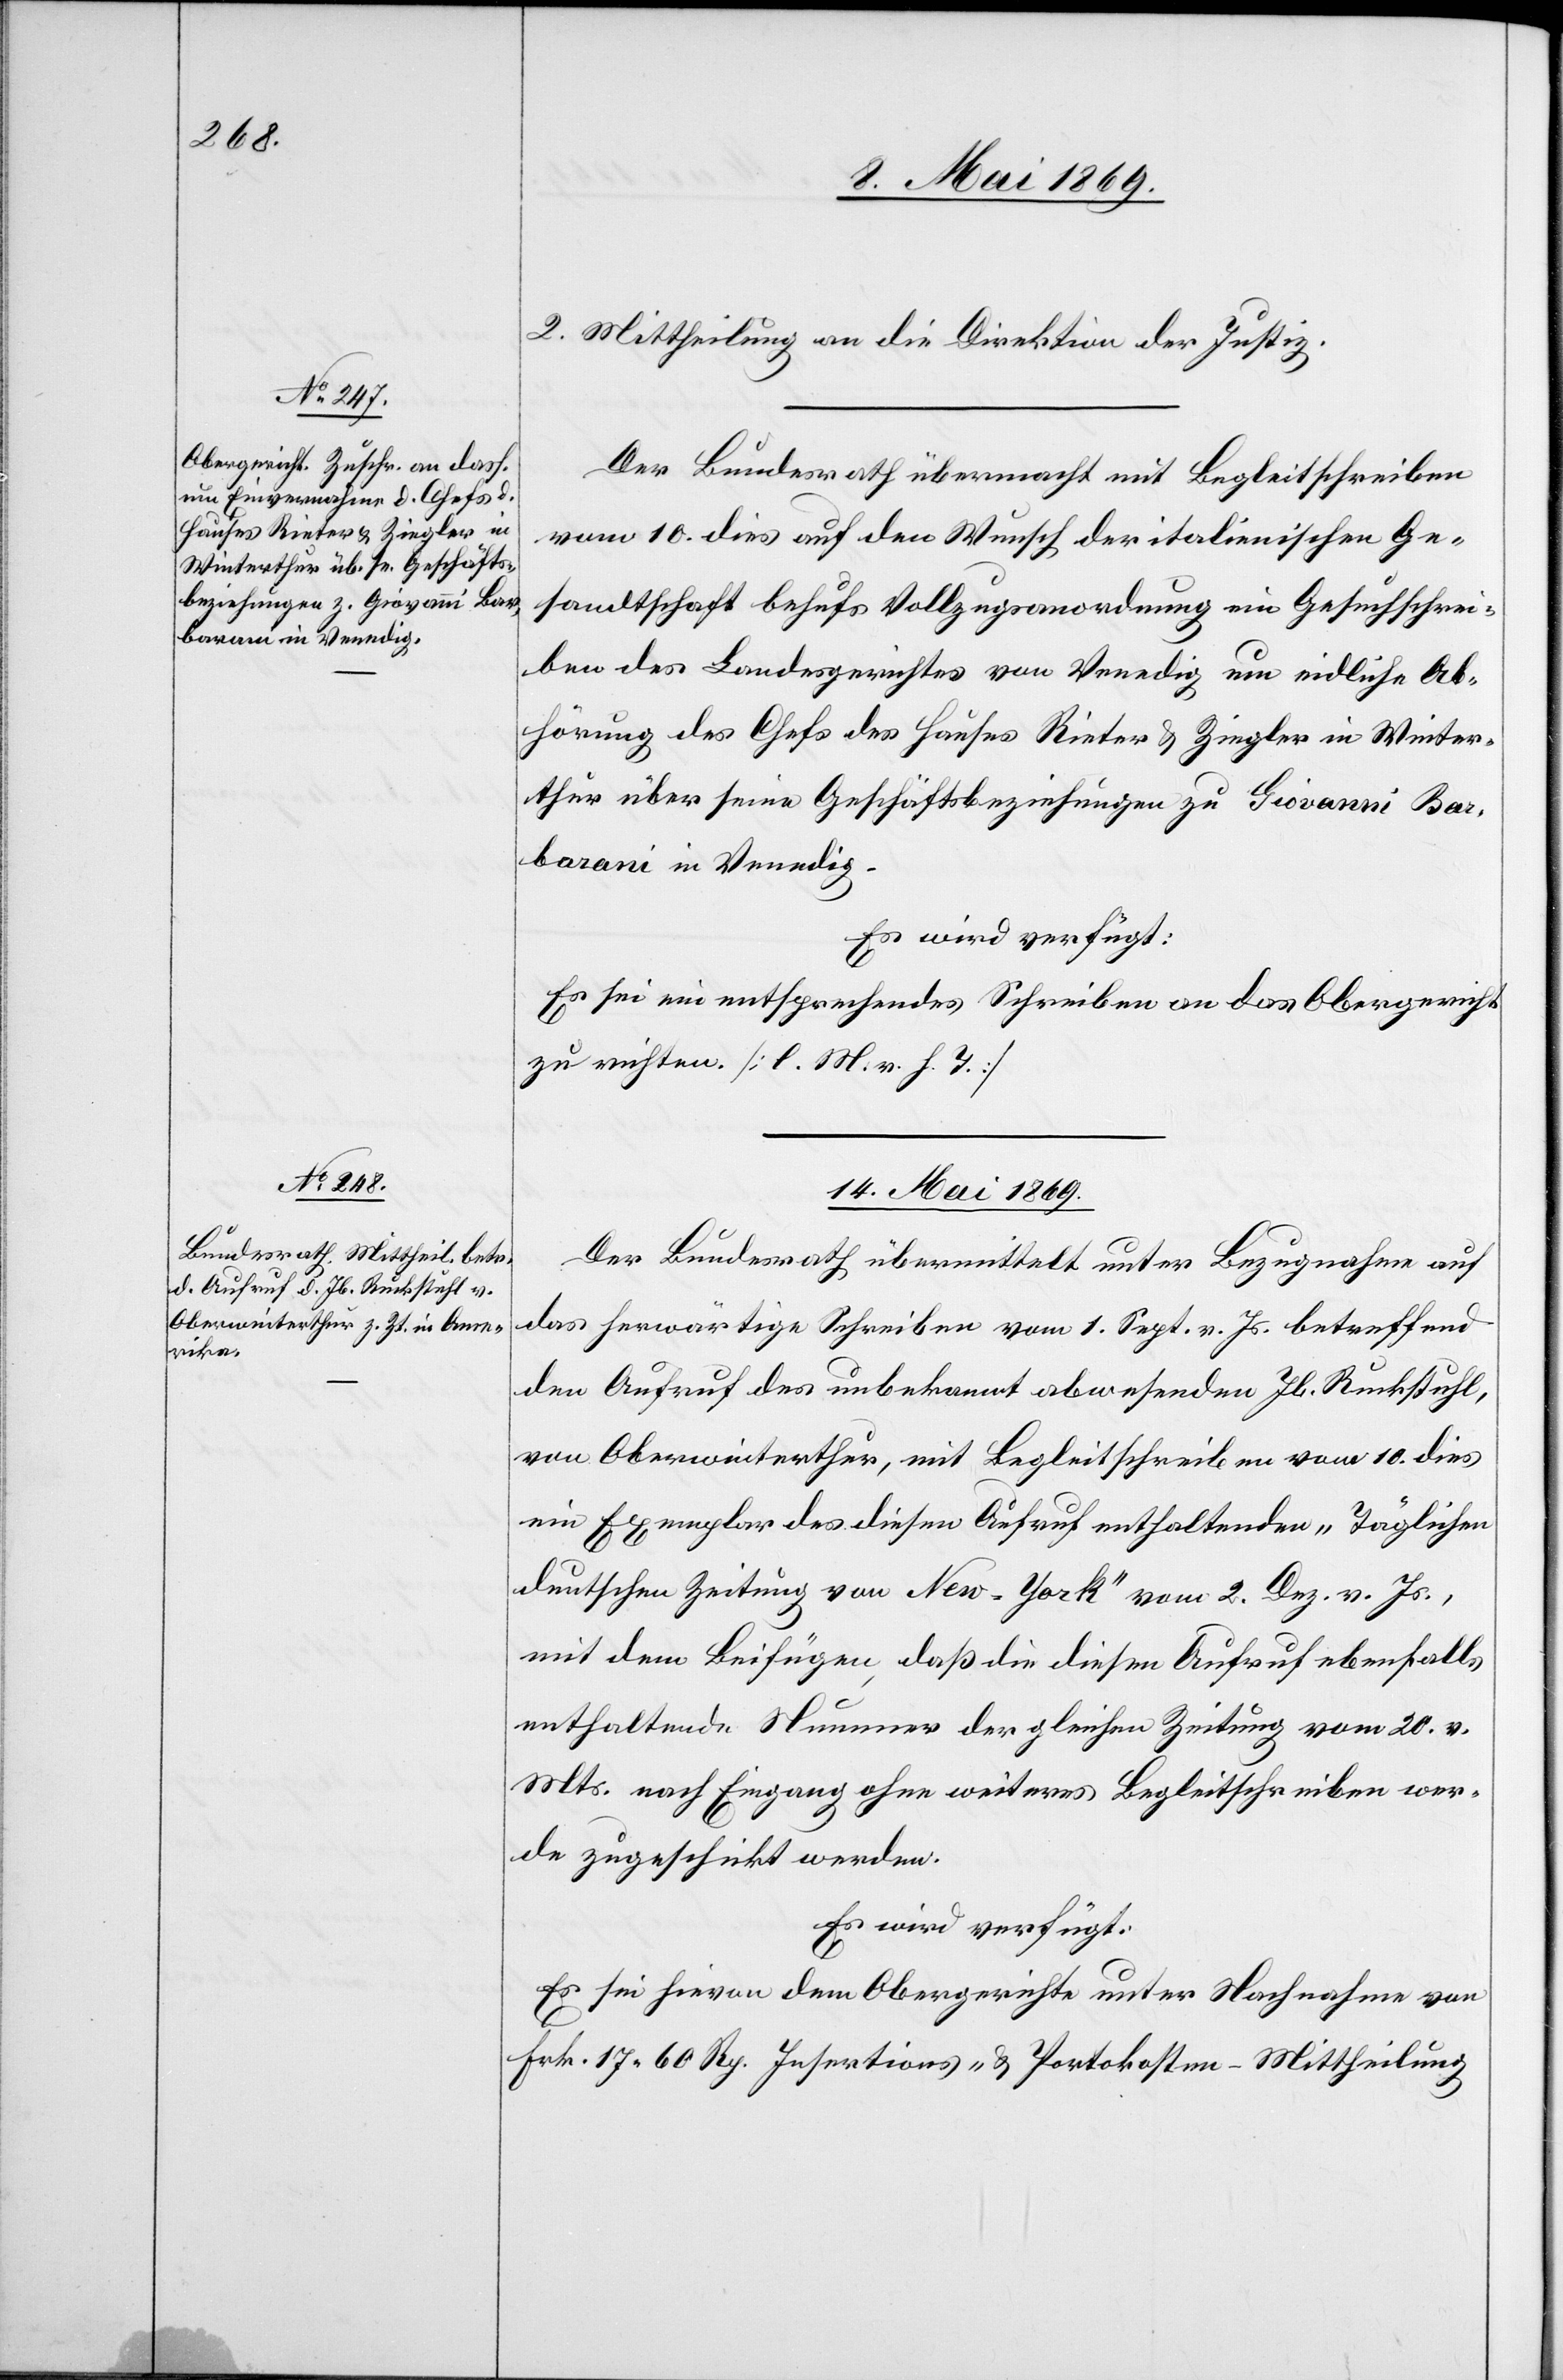
2. Mittheilung an die Direktion der Justiz.
Der Bundesrath übermacht mit Begleitschreiben
vom 10. dies auf den Wunsch der italienischen Ge¬
sandtschaft behufs Vollzugsordnung ein Gesuchschrei¬
ben des Landgerichtes von Venedig um eidliche Ab¬
hörung des Chefs des Hauses Rieter u. Ziegler in Winter¬
thur über seine Geschäftsbeziehungen zu Giovanni Bar¬
barani in Venedig.
Es wird verfügt:
Es sei ein entsprechendes Schreiben an das Obergericht
zu richten. [l. M. v. h. T]
14. Mai 1869.
Der Bundesrath übermittelt unter Bezugnahme auf
das herwärtige Schreiben vom 1. Sept. v. Js. betreffend
den Aufruf des unbekannt abwesenden Jb. Ruckstuhl,
von Oberwinterthur, mit Begleitschreiben vom 10. dies
ein Exemplar des diesen Aufruf enthaltenden „Täglichen
deutschen Zeitung von New-York“ vom 2. Dez. v. Js.,
mit dem Beifügen, daß die diesem Aufruf ebenfalls
enthaltende Nummer der gleichen Zeitung vom 20. v.
Mts. nach Eingang ohne weiteres Begleitschreiben wer¬
de zugetheilt werden.
Es wird verfügt:
Es sei hievon dem Obergerichte unter Nachnahme von
Frk. 17.60 Rp. Insertions- u. Portokosten – Mittheilung